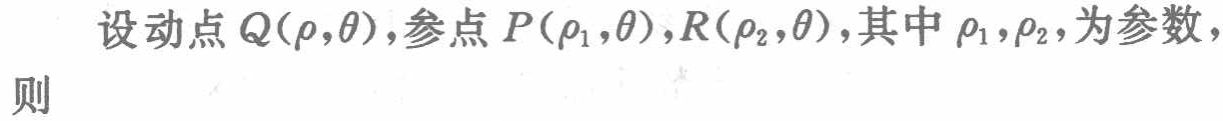
设动点\(Q(\rho,\theta)\)，参点\(P(\rho_1,\theta)\)，\(R(\rho_2,\theta)\)，其中\(\rho_1,\rho_2\)，为参数，则